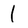
Character: l